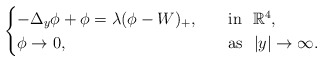
\begin{align*}\begin{cases}-\Delta _y\phi +\phi =\lambda (\phi -W)_+,\quad&\mathrm{in} \ \ \mathbb{R} ^4,\\\phi \rightarrow 0,&\mathrm{as} \ \ |y|\rightarrow \infty .\\\end{cases}\end{align*}